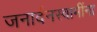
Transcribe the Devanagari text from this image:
जनार्दनस्वामींना